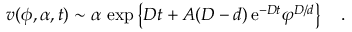
v ( \phi , \alpha , t ) \sim \alpha \, \exp \left\{ D t + A ( D - d ) \, \mathrm { e } ^ { - D t } \varphi ^ { D / d } \right\} \quad .